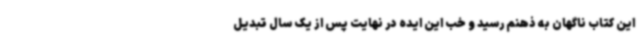
این کتاب ناگهان به ذهنم رسید و خب این ایده در نهایت پس از یک سال تبدیل